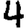
Digit: 4